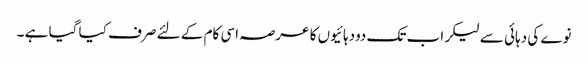
نوے کی دہائی سے لیکر اب تک دودہائیوں کا عرصہ اسی کام کے لئے صرف کیا گیا ہے ۔